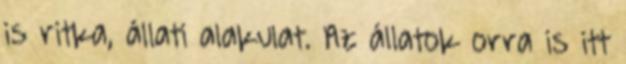
is ritka, állati alakulat. Az állatok orra is itt